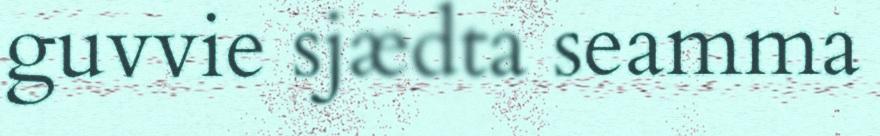
guvvie sjædta seamma